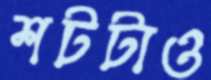
শটটাও